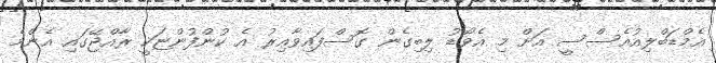
އެމްޑަބްލިއުއެސްސީ އަށް މި އެވޯޑު ލިބިގެން ގޮސްފައިވާއިރު އެ ކުންފުންޏަކީ ރާއްޖޭގައި އެންމެ